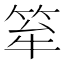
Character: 𥭏